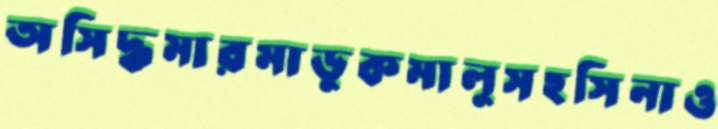
অসিদ্ধমারমাডুকমালুসহসিনাও